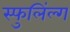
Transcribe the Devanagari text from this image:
स्फुलिंल्ग